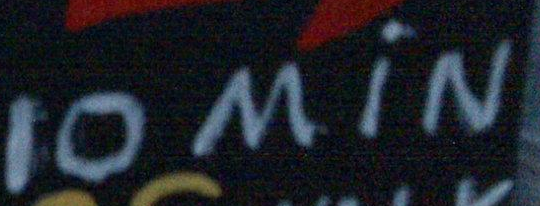
10 MiN